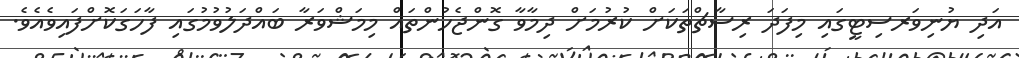
އަދި ޔުނިވަރސިޓީގައި މިފަދަ ރިސާޗްތަކަށް ކުރުމަށް ދިމާވާ ގޮންޖެހުންތައް މިމަޝްވަރާ ބައްދަލުވުމުގައި ފާހަގަކޮށްފައިވެއެވެ.